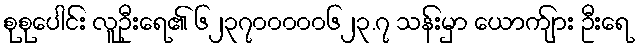
စုစုပေါင်း လူဦးရေ၏ ၆၂၃၇၀၀၀၀၀၆၂၃.၇ သန်းမှာ ယောက်ျား ဦးရေ